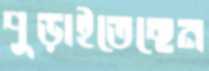
পুড়াইতেছেন